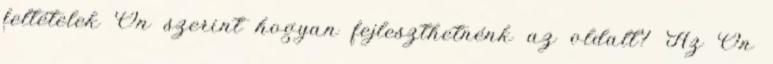
feltételek Ön szerint hogyan fejleszthetnénk az oldalt? Az Ön